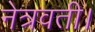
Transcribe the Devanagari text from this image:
नेत्रवती।